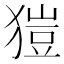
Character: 𤠲